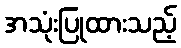
အသုံးပြုထားသည့်